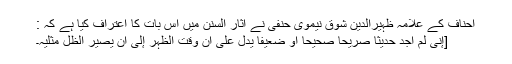
احناف کے علامہ ظہیرالدین شوق نیموی حنفی نے اٰثار السنن میں اس بات کا اعتراف کیا ہے کہ :
[إنِّی لَمْ اَجِدْ حَدِیْثًا صَرِیْحًا صَحِیْحًا أوْ ضَعِیْفًا یَدُلُّ عَلٰی أنَّ وَقْتَ الظُّہْرِ إلٰی أنْ یَصِیْرَ الظِلُّ مِثْلَیْہِ۔